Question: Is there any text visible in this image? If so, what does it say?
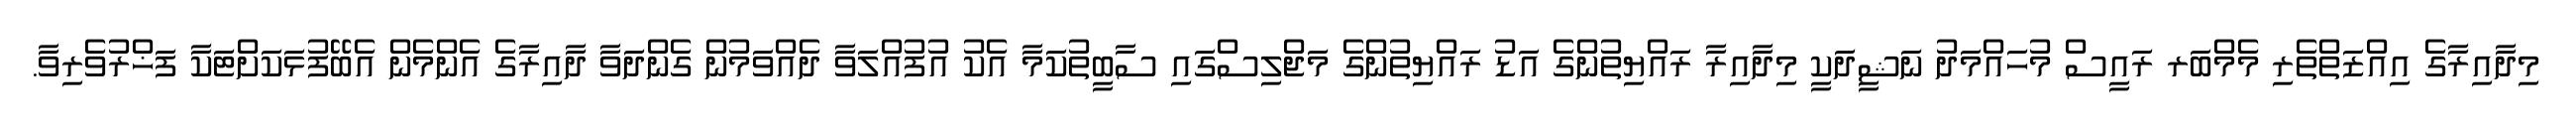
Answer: މިދާއިރާގެ އިއްޒަތްތެރި މެމްބަރ ރައީސް މުހައްމަދު ނަޝީދަކީ މިދާއިރާ ރައްޔިތުންގެ އަޑު ރައްޔިތުންގެ މަޖްލިސްގައި ސާބީތުކަމާ އެކު އުފުއްލަވާ ދެއްވަމުން ގެންދަވާ ދާއިރާގެ އެންމެން އެބޭފުޅަކަށްޓަކާ ފަޚްރުވެރިވާ.